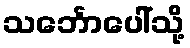
သင်္ဘောပေါ်သို့